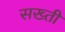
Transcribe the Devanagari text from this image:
सख्‍ती